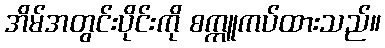
အိမ်အတွင်းပိုင်းကို စက္ကူကပ်ထားသည်။